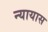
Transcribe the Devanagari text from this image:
न्यायास